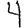
Digit: 4